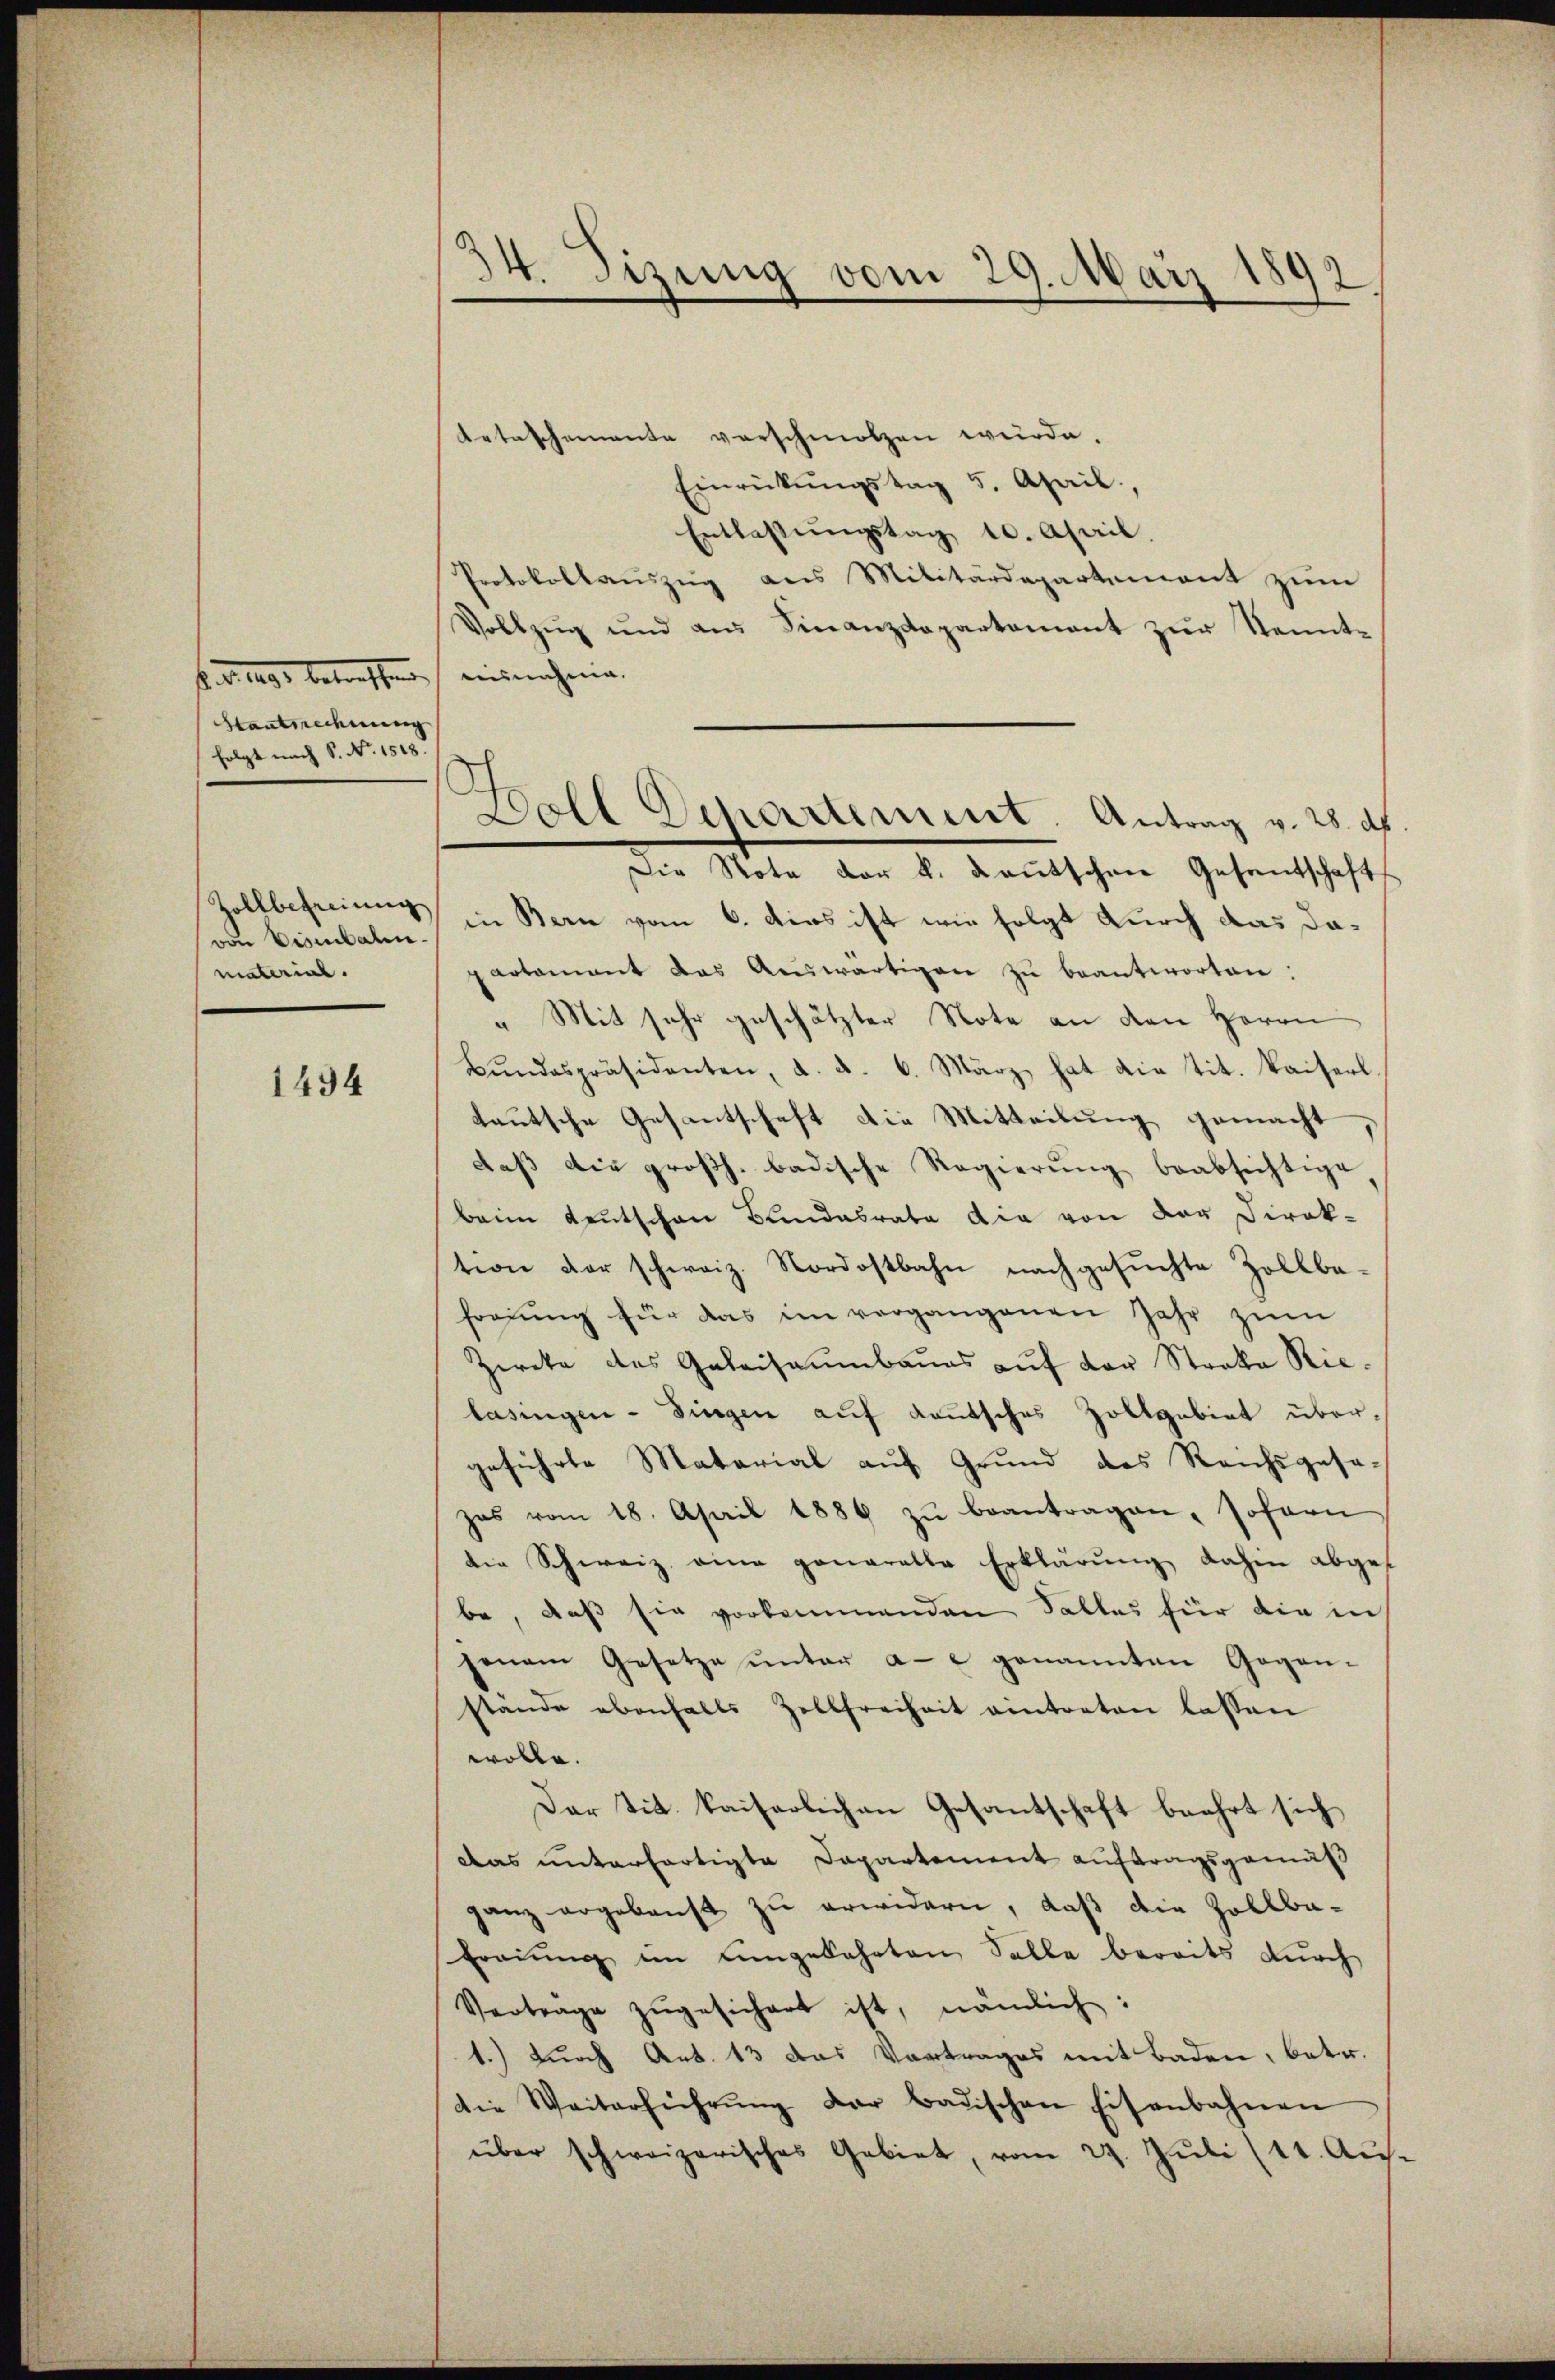
f. v. 1891 betreffen, einnahme.
Hantsrechnung
folgt nach S. Nr. 1518

Zollbefreiung
von Visibalen.
material.

1494

34. Sizung vom 29. März 1892
e

Retaschemente verschmolzen würde.
Einrückŭngstag 5. April,
Entlassŭngstag 10. April,
Protokollauszug aus Militärdepartement zum
Vollzŭg und am Finanzdepartement zŭr Kenntin Bern vom 6. dies ist wie folgt durch das dapartamant das Aŭswärtigen zŭ beantworten:
„Mit sehr geschätzter Note an den Herrn
Bŭndespräsidenten, a. d. 6. März hat die tit. Kaiserl.
teutsche Gesantschaft die Mitteilung gemacht
daβ die großh. badische Regierŭng beabsichtige
beim Leutschen Bundesrate die von der Direk-
tion der schweiz. Nordostbahn nachgesuchte Zollbafregung für das im vorgangenen Jahr zum
Zirekte des Geleisaumbaues auf der Strata Rielasingen - Singen auf deutsches Zollgebiet übergeführte Material auf Grund des Reichsgesezes vom 18. April 1886 zŭ beantragen, sofern
die Schweiz eine genaralle Erklärung dahin abges
be, daß sie vorkommenden Falles für die in
jenem Gesetze ŭnter au genannten Gegen-
stände ebenfalls Zellfreiheit eintreten lassen
wolle.
Dar tit. kaiserlichen Gesantschaft beehrt sich
Das unterfertigte Dapartement auftragsgemäß
ganz ergebenst zu erwidern, daß die Zollbafraŭŭng in eingekehrten Salle bereits dŭrch
Verträge zŭgesichert ist, nämlich:
1.) durch Art. 13 das Vortrages mit Baden, betr.
die Weiterführŭng der badischen Eisenbahnen
über schweizerisches Gebiet, vom 29. Juli (11. Au¬

ch
Dolt Departement. Antrag v. 28. ds
Die Note der k. deutschen Gesantschafts